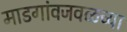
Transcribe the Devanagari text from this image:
माडगांवजवळच्या